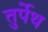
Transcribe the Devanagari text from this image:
तुर्पेथ